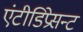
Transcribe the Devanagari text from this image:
एंटीडिप्रेसन्ट